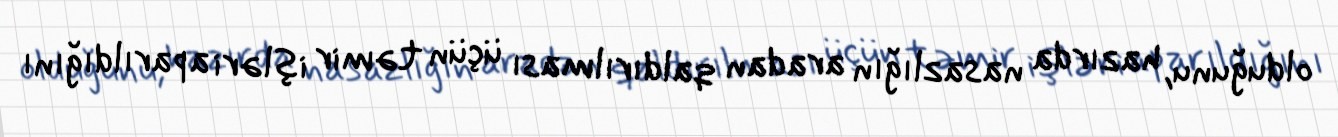
olduğunu, hazırda nasazlığın aradan qaldırılması üçün təmir işləri aparıldığını